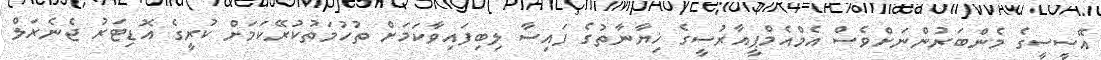
އޭސީސީގެ މެންބަރުންނަށްވެސް އެމްއެމްޕީއާރުސީގެ ޚިޔާނާތުގެ ފައިސާ ލިބިފައިވާކަމަށް ތުހުމަތުކުރޭކަމަށް ކުރީގެ އޮޑިޓަރު ޖެނެރަލް